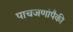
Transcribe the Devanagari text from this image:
पाचजणांपैकी